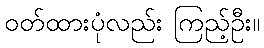
ဝတ်ထားပုံလည်း ကြည့်ဦး။